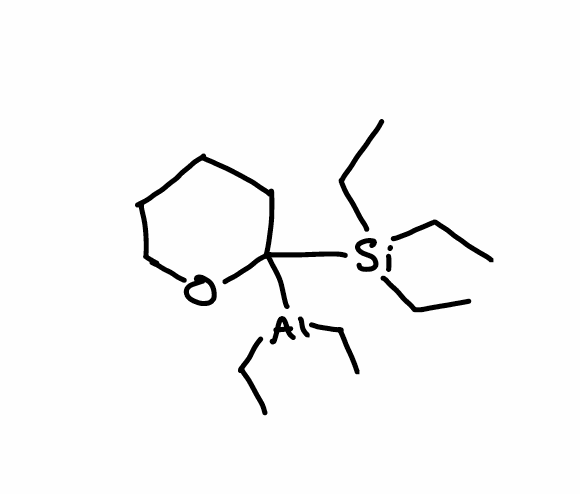
Simplified molecular-input line-entry system (SMILES) notation of the given molecule:
CC[Al](CC)C1(CCCCO1)[Si](CC)(CC)CC